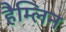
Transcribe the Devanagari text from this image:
हैम्लिन